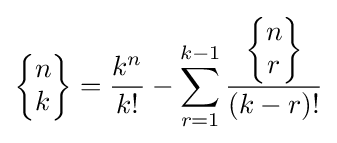
\left\lbrace {\begin{matrix}n\\k\end{matrix}}\right\rbrace ={\frac {k^{n}}{k!}}-\sum _{r=1}^{k-1}{\frac {\left\lbrace {\begin{matrix}n\\r\end{matrix}}\right\rbrace }{(k-r)!}}